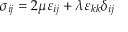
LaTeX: \, \, \sigma _ { i j } = 2 \mu \varepsilon _ { i j } + \lambda \varepsilon _ { k k } \delta _ { i j }